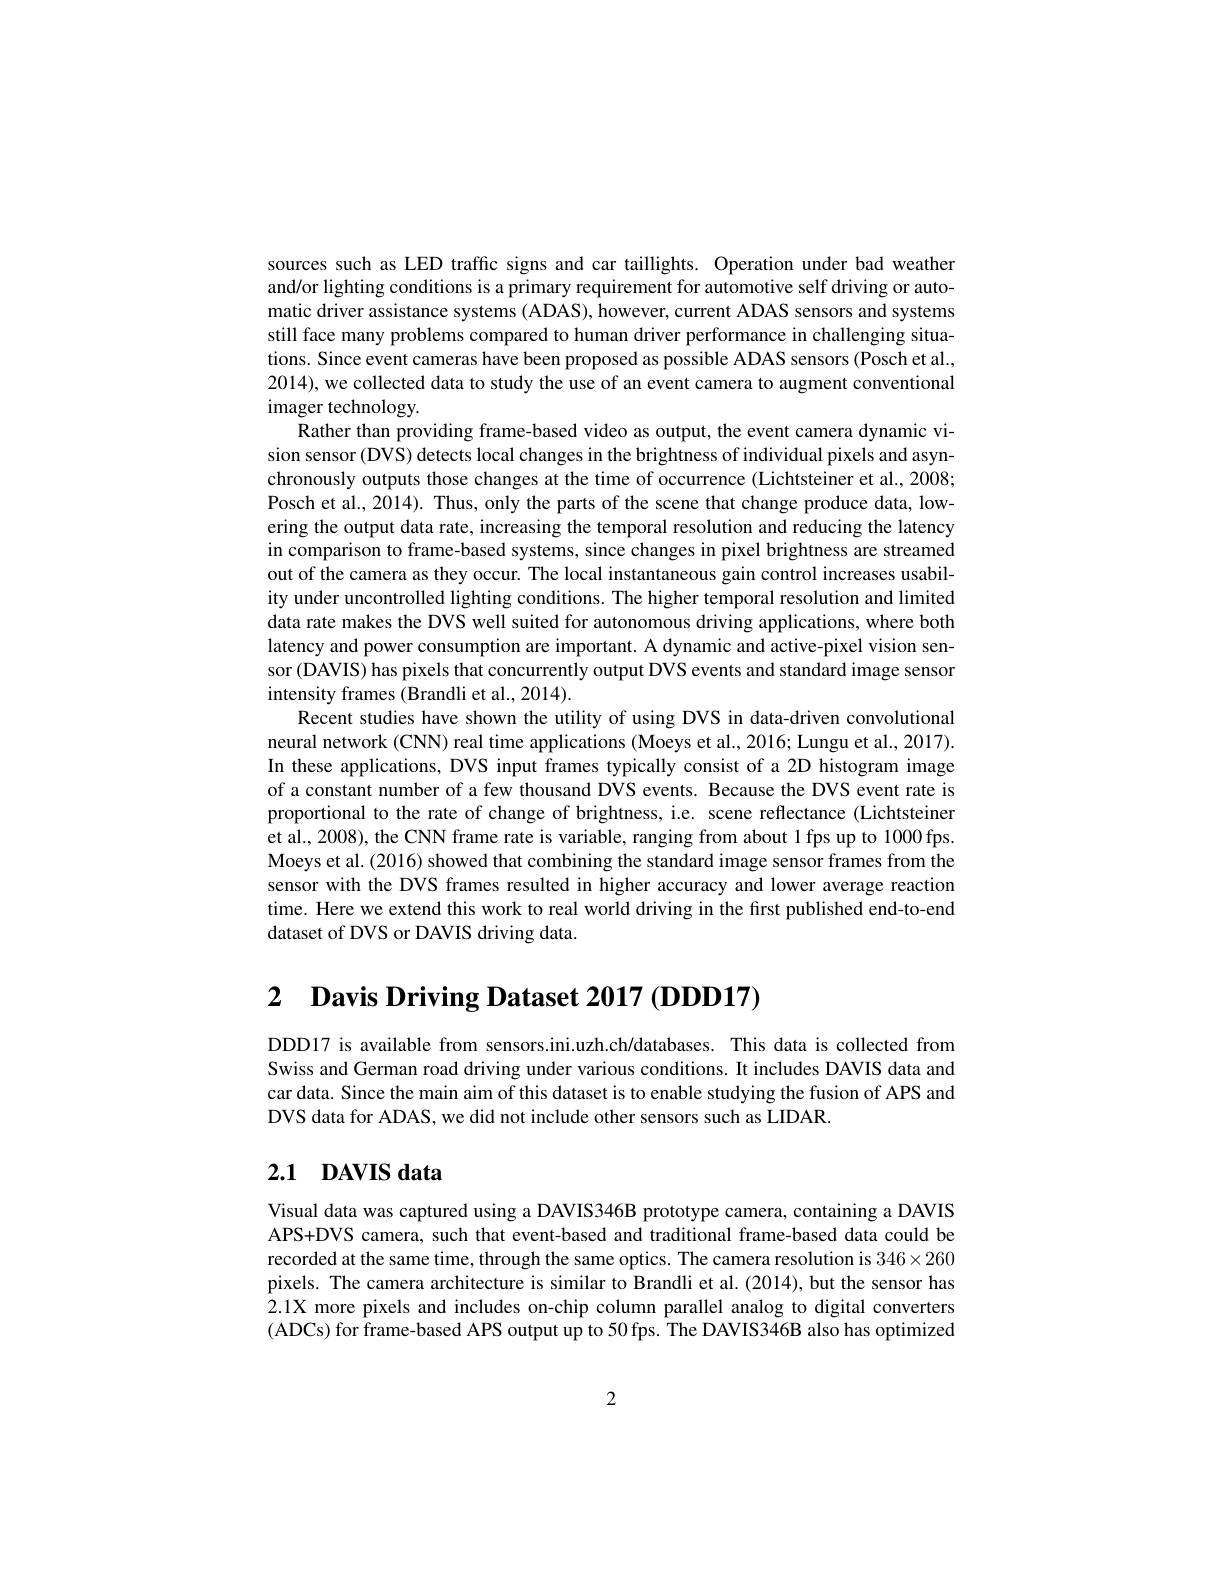
sources such as LED traffic signs and car taillights. Operation under bad weather and/or lighting conditions is a primary requirement for automotive self driving or automatic driver assistance systems (ADAS), however, current ADAS sensors and systems still face many problems compared to human driver performance in challenging situations. Since event cameras have been proposed as possible ADAS sensors (Posch et al. 2014), we collected data to study the use of an event camera to augment conventional imager technology.
Rather than providing frame-based video as output, the event camera dynamic vision sensor (DVS) detects local changes in the brightness of individual pixels and asynchronously outputs those changes at the time of occurrence (Lichtsteiner et al., 2008; Posch et al., 2014). Thus, only the parts of the scene that change produce data, lowering the output data rate, increasing the temporal resolution and reducing the latency in comparison to frame-based systems, since changes in pixel brightness are streamed out of the camera as they occur. The local instantaneous gain control increases usability under uncontrolled lighting conditions. The higher temporal resolution and limited data rate makes the DVS well suited for autonomous driving applications, where both latency and power consumption are important. A dynamic and active-pixel vision sensor (DAVIS) has pixels that concurrently output DVS events and standard image sensor intensity frames (Brandli et al., 2014)
Recent studies have shown the utility of using DVS in data-driven convolutional neural network (CNN) real time applications (Moeys et al., 2016; Lungu et al., 2017). In these applications, DVS input frames typically consist of a 2D histogram image of a constant number of a few thousand DVS events. Because the DVS event rate is proportional to the rate of change of brightness, i.e. scene reflectance (Lichtsteiner et al., 2008), the CNN frame rate is variable, ranging from about 1 fps up to 1000 fps. Moeys et al. (2016) showed that combining the standard image sensor frames from the sensor with the DVS frames resulted in higher accuracy and lower average reaction time. Here we extend this work to real world driving in the first published end-to-end dataset of DVS or DAVIS driving data

2 Davis Driving Dataset 2017 (DDD17)

DDD17 is available from sensors.ini.uzh.ch/databases. This data is collected from Swiss and German road driving under various conditions. It includes DAVIS data and car data. Since the main aim of this dataset is to enable studying the fusion of APS and DVS data for ADAS, we did not include other sensors such as LIDAR

# 2.1 DAVIS data

Visual data was captured using a DAVIS346B prototype camera, containing a DAVIS APS+DVS camera, such that event-based and traditional frame-based data could be recorded at the same time, through the same optics. The camera resolution is $346\times260$ pixels. The camera architecture is similar to Brandli et al. (2014), but the sensor has 2.1X more pixels and includes on-chip column parallel analog to digital converters (ADCs) for frame-based APS output up to 50 fps. The DAVIS346B also has optimized

2